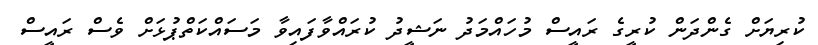
ކުރިޔަށް ގެންދަން ކުރީގެ ރައީސް މުހައްމަދު ނަޝީދު ކުރައްވާފައިވާ މަސައްކަތްޕުޅަށް ވެސް ރައީސް